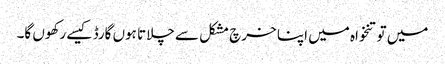
میں تو تنخواہ میں اپنا خرچ مشکل سے چلاتا ہوں گارڈ کیسے رکھوں گا۔